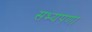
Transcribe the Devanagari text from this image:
सभ्यपणा